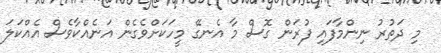
މި ދަތުރު ނިންމާފައި ފުރަން ގޮސް މާ އެނގޭ މީހަކަށްވެގެން އަނެއްކާވެސް އެއްކަލަ